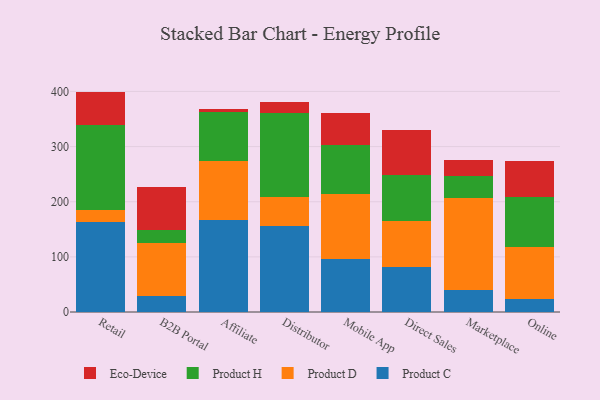
{"axis": {"x": "Channel", "y": "Tickets Resolved"}, "legend": ["Eco-Device", "Product C", "Product D", "Product H"], "data": [{"x": "Retail", "y": 163.1, "type": "Product C"}, {"x": "Retail", "y": 22.3, "type": "Product D"}, {"x": "Retail", "y": 152.9, "type": "Product H"}, {"x": "Retail", "y": 61.4, "type": "Eco-Device"}, {"x": "B2B Portal", "y": 28.3, "type": "Product C"}, {"x": "B2B Portal", "y": 96.7, "type": "Product D"}, {"x": "B2B Portal", "y": 23.3, "type": "Product H"}, {"x": "B2B Portal", "y": 79.1, "type": "Eco-Device"}, {"x": "Affiliate", "y": 166.5, "type": "Product C"}, {"x": "Affiliate", "y": 106.5, "type": "Product D"}, {"x": "Affiliate", "y": 89.2, "type": "Product H"}, {"x": "Affiliate", "y": 6.4, "type": "Eco-Device"}, {"x": "Distributor", "y": 155.2, "type": "Product C"}, {"x": "Distributor", "y": 52.9, "type": "Product D"}, {"x": "Distributor", "y": 153.4, "type": "Product H"}, {"x": "Distributor", "y": 19.3, "type": "Eco-Device"}, {"x": "Mobile App", "y": 96.8, "type": "Product C"}, {"x": "Mobile App", "y": 117.1, "type": "Product D"}, {"x": "Mobile App", "y": 89.5, "type": "Product H"}, {"x": "Mobile App", "y": 57.7, "type": "Eco-Device"}, {"x": "Direct Sales", "y": 82.3, "type": "Product C"}, {"x": "Direct Sales", "y": 83.2, "type": "Product D"}, {"x": "Direct Sales", "y": 83.6, "type": "Product H"}, {"x": "Direct Sales", "y": 80.2, "type": "Eco-Device"}, {"x": "Marketplace", "y": 40.7, "type": "Product C"}, {"x": "Marketplace", "y": 165.5, "type": "Product D"}, {"x": "Marketplace", "y": 40.1, "type": "Product H"}, {"x": "Marketplace", "y": 28.7, "type": "Eco-Device"}, {"x": "Online", "y": 23.4, "type": "Product C"}, {"x": "Online", "y": 94.9, "type": "Product D"}, {"x": "Online", "y": 90.6, "type": "Product H"}, {"x": "Online", "y": 65.8, "type": "Eco-Device"}]}